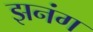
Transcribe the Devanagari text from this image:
झनंग